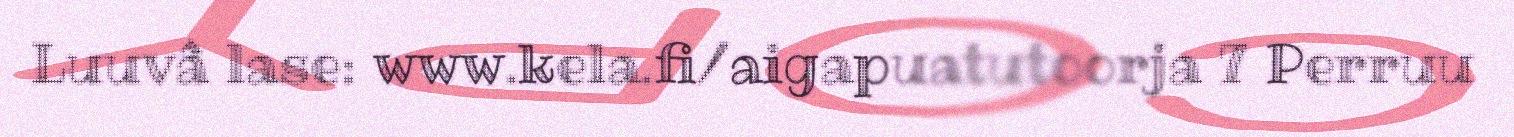
Luuvâ lase: www.kela.fi/aigapuatutoorja 7 Perruu